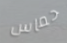
حماس